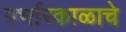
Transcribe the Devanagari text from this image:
गर्भारकाळाचे